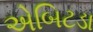
એબિટડા